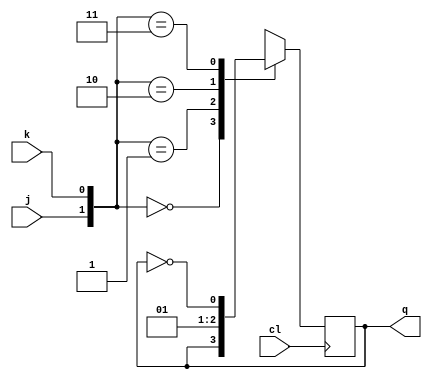
module jkff2(j,k,q,cl);
input j,k,cl;
output q;

reg q;
always@(posedge cl)
	case({j,k})
	
	2'b00:q<=q;
	2'b01:q<=1'b0;
	2'b10:q<=1'b1;
	2'b11:q<=(~q);
	
	endcase
endmodule 

module jkfftestbench;
reg j,k,cl;
wire q;
jkff2 DUT(j,k,q,cl);
initial 
begin

#10 cl=0; j=0; k=0;
#10 cl=1; j=0; k=1;
#10 cl=0; j=1; k=0;
#10 cl=1; j=1; k=1;
#100;
end
endmodule